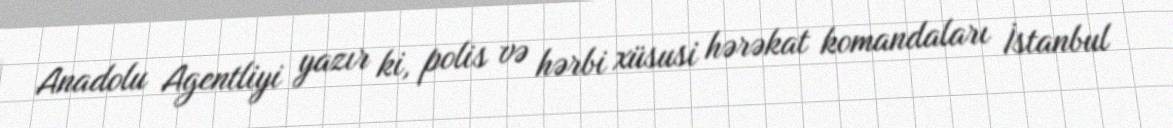
Anadolu Agentliyi yazır ki, polis və hərbi xüsusi hərəkat komandaları İstanbul